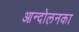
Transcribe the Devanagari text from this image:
आन्दोलनका